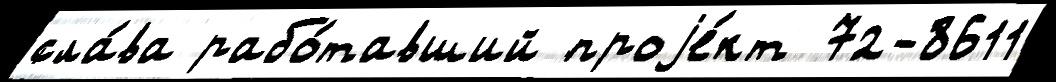
сла́ва рабо́тавший проjе́кт 72-8611